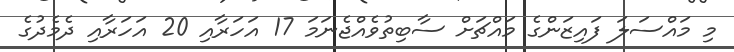
މި މައްސަލަ ފައިޒަންގެ މައްޗަށް ސާބިތުވެއްޖެނަމަ 17 އަހަރާއި 20 އަހަރާއި ދެމެދުގެ